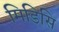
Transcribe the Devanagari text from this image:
मिडिसि